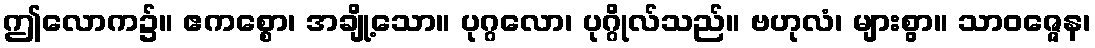
ဤလောက၌။ ဧကစ္စော၊ အချို့သော။ ပုဂ္ဂလော၊ ပုဂ္ဂိုလ်သည်။ ဗဟုလံ၊ များစွာ။ သာဝဇ္ဇေန၊